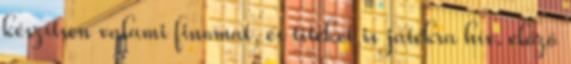
készítsen valami finomat, és titeket is játékra hív. előző